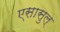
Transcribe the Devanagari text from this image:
एसासुल्